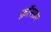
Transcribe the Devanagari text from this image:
फ़ॉस्फ़र